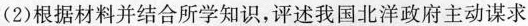
(2)根据材料并结合所学知识，评述我国北洋政府主动谋求